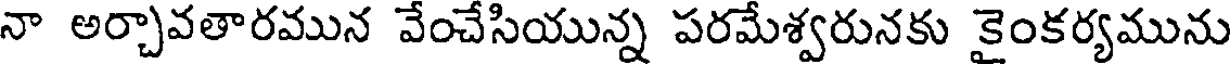
నా అర్చావతారమున వేంచేసియున్న పరమేశ్వరునకు కైంకర్యమును